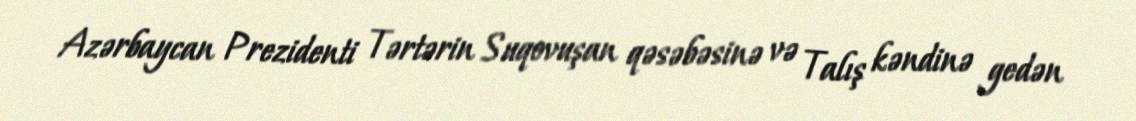
Azərbaycan Prezidenti Tərtərin Suqovuşan qəsəbəsinə və Talış kəndinə gedən